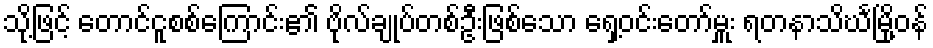
သို့ဖြင့် တောင်ငူစစ်ကြောင်း၏ ဗိုလ်ချုပ်တစ်ဦးဖြစ်သော ရှေ့ဝင်းတော်မှူး ရတနာသိင်္ဃမြို့ဝန်